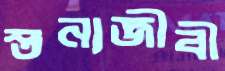
স্তন্যজীবী